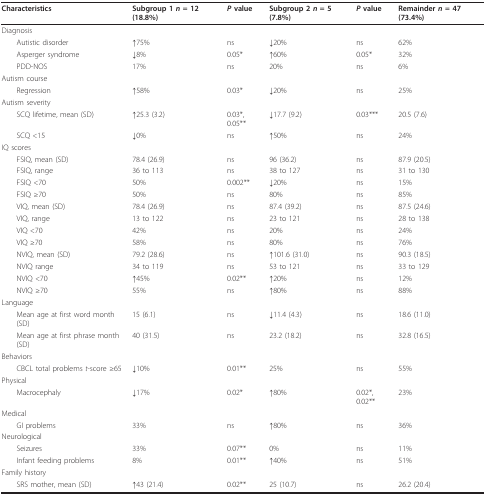
<table><thead><tr><td><b>Characteristics</b></td><td><b>Subgroup 1 <i>n </i>= 12 (18.8%)</b></td><td><b><i>P </i>value</b></td><td><b>Subgroup 2 <i>n </i>= 5 (7.8%)</b></td><td><b><i>P </i>value</b></td><td><b>Remainder <i>n </i>= 47 (73.4%)</b></td></tr></thead><tbody><tr><td colspan="6">Diagnosis</td></tr><tr><td> Autistic disorder</td><td>↑75%</td><td>ns</td><td>↓20%</td><td>ns</td><td>62%</td></tr><tr><td> Asperger syndrome</td><td>↓8%</td><td>0.05*</td><td>↑60%</td><td>0.05*</td><td>32%</td></tr><tr><td> PDD-NOS</td><td>17%</td><td>ns</td><td>20%</td><td>ns</td><td>6%</td></tr><tr><td colspan="6">Autism course</td></tr><tr><td> Regression</td><td>↑58%</td><td>0.03*</td><td>↓20%</td><td>ns</td><td>25%</td></tr><tr><td colspan="6">Autism severity</td></tr><tr><td> SCQ lifetime, mean (SD)</td><td>↑25.3 (3.2)</td><td>0.03*, 0.05**</td><td>↓17.7 (9.2)</td><td>0.03***</td><td>20.5 (7.6)</td></tr><tr><td> SCQ &lt;15</td><td>↓0%</td><td>ns</td><td>↑50%</td><td>ns</td><td>24%</td></tr><tr><td colspan="6">IQ scores</td></tr><tr><td> FSIQ, mean (SD)</td><td>78.4 (26.9)</td><td>ns</td><td>96 (36.2)</td><td>ns</td><td>87.9 (20.5)</td></tr><tr><td> FSIQ, range</td><td>36 to 113</td><td>ns</td><td>38 to 127</td><td>ns</td><td>31 to 130</td></tr><tr><td> FSIQ &lt;70</td><td>50%</td><td>0.002**</td><td>↓20%</td><td>ns</td><td>15%</td></tr><tr><td> FSIQ ≥70</td><td>50%</td><td>ns</td><td>80%</td><td>ns</td><td>85%</td></tr><tr><td> VIQ, mean (SD)</td><td>78.4 (26.9)</td><td>ns</td><td>87.4 (39.2)</td><td>ns</td><td>87.5 (24.6)</td></tr><tr><td> VIQ, range</td><td>13 to 122</td><td>ns</td><td>23 to 121</td><td>ns</td><td>28 to 138</td></tr><tr><td> VIQ &lt;70</td><td>42%</td><td>ns</td><td>20%</td><td>ns</td><td>24%</td></tr><tr><td> VIQ ≥70</td><td>58%</td><td>ns</td><td>80%</td><td>ns</td><td>76%</td></tr><tr><td> NVIQ, mean (SD)</td><td>79.2 (28.6)</td><td>ns</td><td>↑101.6 (31.0)</td><td>ns</td><td>90.3 (18.5)</td></tr><tr><td> NVIQ range</td><td>34 to 119</td><td>ns</td><td>53 to 121</td><td>ns</td><td>33 to 129</td></tr><tr><td> NVIQ &lt;70</td><td>↑45%</td><td>0.02**</td><td>↑20%</td><td>ns</td><td>12%</td></tr><tr><td> NVIQ ≥70</td><td>55%</td><td>ns</td><td>↑80%</td><td>ns</td><td>88%</td></tr><tr><td colspan="6">Language</td></tr><tr><td> Mean age at first word month (SD)</td><td>15 (6.1)</td><td>ns</td><td>↓11.4 (4.3)</td><td>ns</td><td>18.6 (11.0)</td></tr><tr><td> Mean age at first phrase month (SD)</td><td>40 (31.5)</td><td>ns</td><td>23.2 (18.2)</td><td>ns</td><td>32.8 (16.5)</td></tr><tr><td colspan="6">Behaviors</td></tr><tr><td> CBCL total problems <i>t</i>-score ≥65</td><td>↓10%</td><td>0.01**</td><td>25%</td><td>ns</td><td>55%</td></tr><tr><td colspan="6">Physical</td></tr><tr><td> Macrocephaly</td><td>↓17%</td><td>0.02*</td><td>↑80%</td><td>0.02*, 0.02**</td><td>23%</td></tr><tr><td colspan="6">Medical</td></tr><tr><td> GI problems</td><td>33%</td><td>ns</td><td>↑80%</td><td>ns</td><td>36%</td></tr><tr><td colspan="6">Neurological</td></tr><tr><td> Seizures</td><td>33%</td><td>0.07**</td><td>0%</td><td>ns</td><td>11%</td></tr><tr><td> Infant feeding problems</td><td>8%</td><td>0.01**</td><td>↑40%</td><td>ns</td><td>51%</td></tr><tr><td colspan="6">Family history</td></tr><tr><td> SRS mother, mean (SD)</td><td>↑43 (21.4)</td><td>0.02**</td><td>25 (10.7)</td><td>ns</td><td>26.2 (20.4)</td></tr></tbody></table>